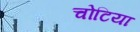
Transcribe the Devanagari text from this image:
चोटिया